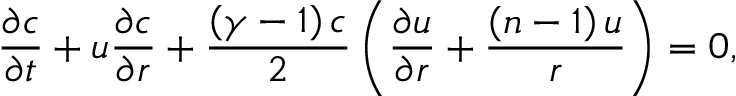
\frac { \partial c } { \partial t } + u \frac { \partial c } { \partial r } + \frac { \left( \gamma - 1 \right) c } { 2 } \left( \frac { \partial u } { \partial r } + \frac { \left( n - 1 \right) u } { r } \right) = 0 ,